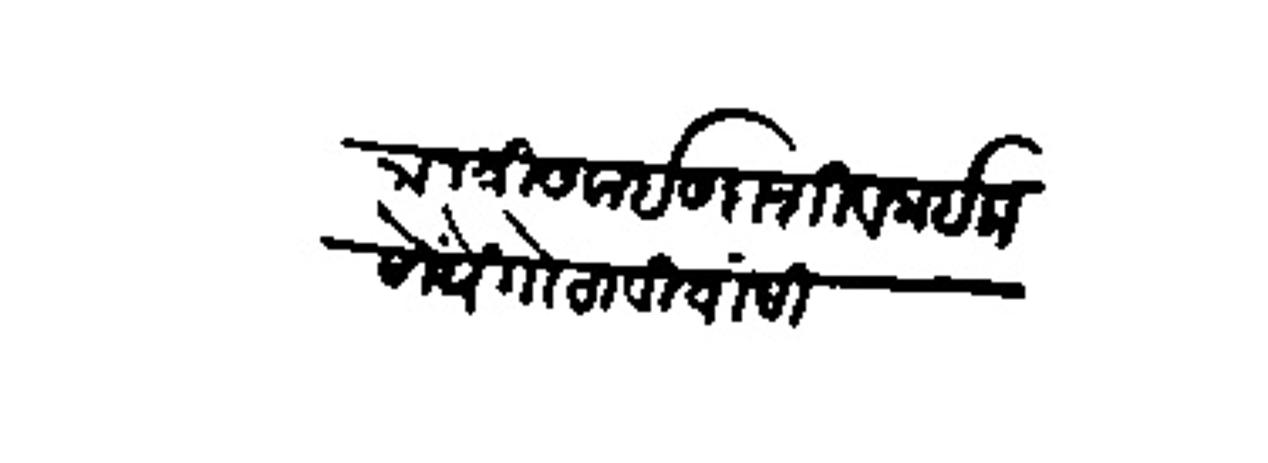
Transliteration (Devanagari): राजश्री सवाई सदाशिव नाईक सोंधे गोसावी यांसी